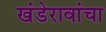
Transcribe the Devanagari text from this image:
खंडेरावांचा